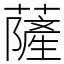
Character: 薩